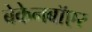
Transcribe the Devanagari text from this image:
बेकेनबॉएर